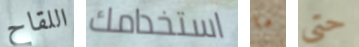
اللقاح استخدامك ما حتى